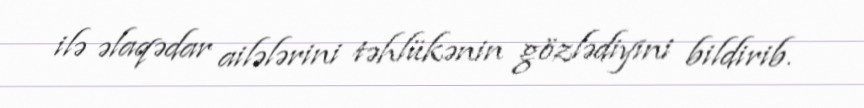
ilə əlaqədar ailələrini təhlükənin gözlədiyini bildirib.